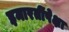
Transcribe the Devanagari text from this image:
इमारतींपेक्षा